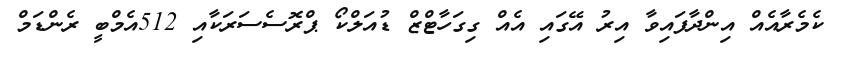
ކެމެރާއެއް އިންދާފައިވާ އިރު އޭގައި އެއް ގިގަހާޓްޒް ޑުއަލްކޯ ޕްރޮސެސަރަކާއި 512އެމްބީ ރެންޑަމް